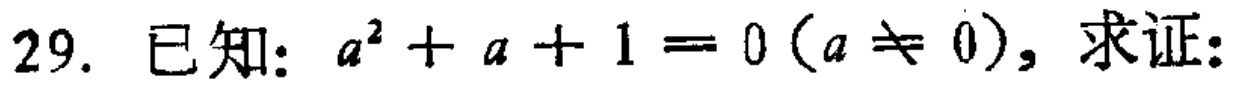
已知：\(a^{2}+a + 1 = 0(a\neq0)\)，求证：